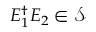
E _ { 1 } ^ { \dagger } E _ { 2 } \in { \mathcal { S } }